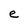
Character: e